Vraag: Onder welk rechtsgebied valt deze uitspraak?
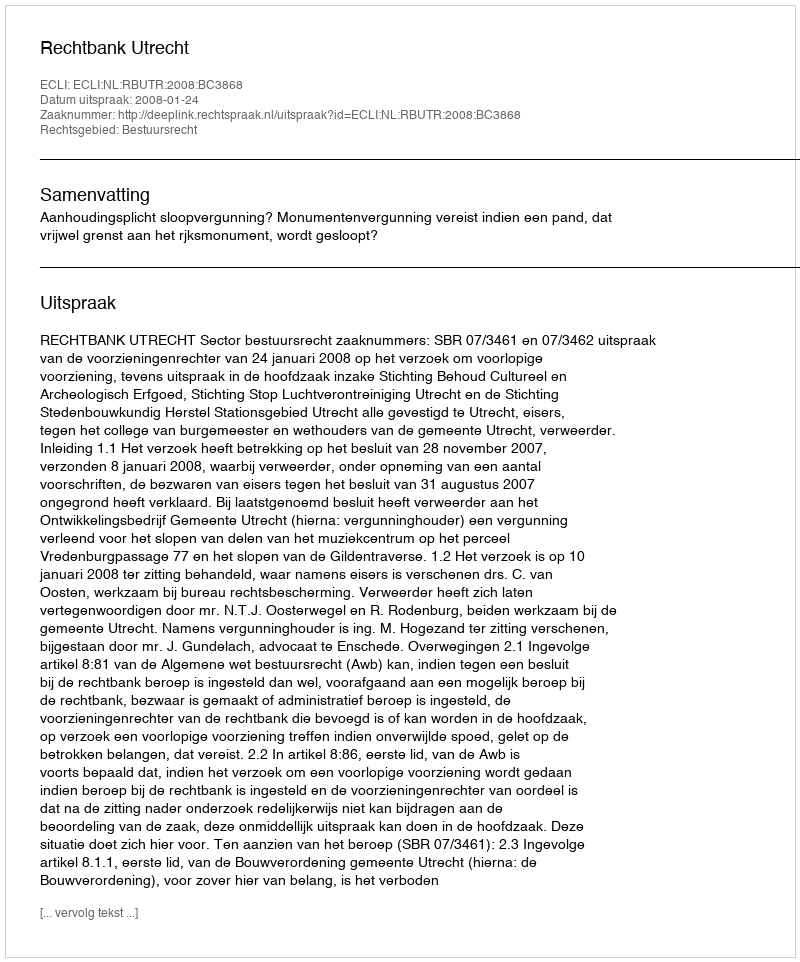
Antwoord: Bestuursrecht